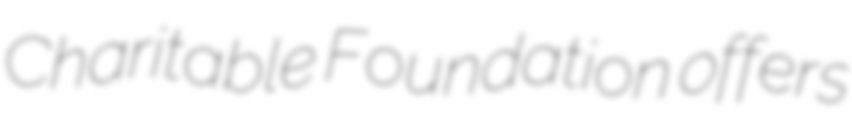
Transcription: Charitable Foundation offers